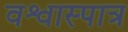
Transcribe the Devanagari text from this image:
वश्वास्पात्र